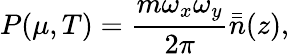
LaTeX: P(\mu,T)=\frac{m\omega_{x}\omega_{y}}{2\pi}\bar{\bar{n}}(z),